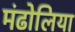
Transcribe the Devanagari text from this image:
मंढोलिया